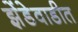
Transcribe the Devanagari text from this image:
झेंडेवाडीत